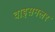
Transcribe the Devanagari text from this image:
वाइसमलर